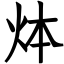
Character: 㶱